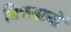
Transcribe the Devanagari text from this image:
वित्तवानों